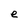
Character: e